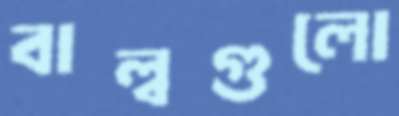
বাল্বগুলো